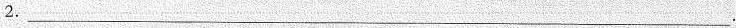
2.___.